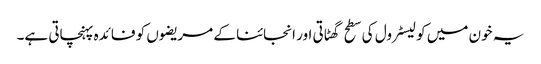
یہ خون میں کولیسٹرول کی سطح گھٹاتی اور انجائنا کے مریضوں کو فائدہ پہنچاتی ہے۔